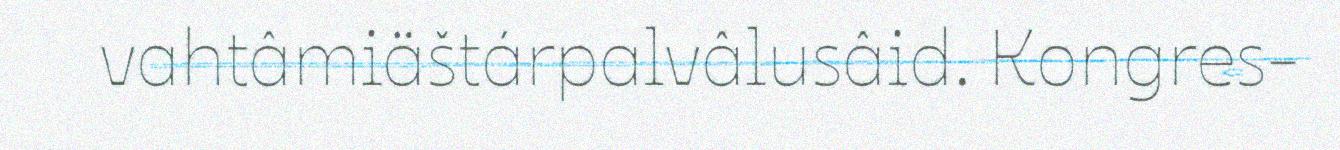
vahtâmiäštárpalvâlusâid. Kongres-